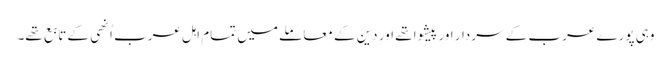
وہی پورے عرب کے سردار اور پیشوا تھے اور دین کے معاملے میں تمام اہل عرب اُنھی کے تابع تھے۔